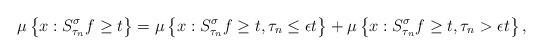
LaTeX: \begin{align*} \mu\left\{ x:S^{\sigma}_{\tau_{n}}f\geq t\right\}=\mu\left\{ x:S^{\sigma}_{\tau_{n}}f\geq t,\tau_{n}\leq\epsilon t\right\}+\mu\left\{ x:S^{\sigma}_{\tau_{n}}f\geq t,\tau_{n}>\epsilon t\right\}, \end{align*}